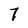
Character: 7